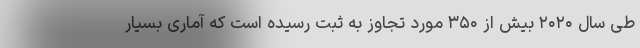
طی سال ۲۰۲۰ بیش از ۳۵۰ مورد تجاوز به ثبت رسیده است که آماری بسیار